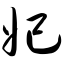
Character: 妃